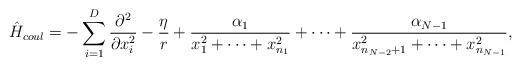
LaTeX: \begin{align*} \hat{H}_{coul}=-\sum_{i=1}^{D}\frac{\partial^2}{\partial x_i^2}-\frac{\eta}{r}+\frac{\alpha_1}{x_1^2+\cdots+x^2_{n_1}}+\cdots+\frac{\alpha_{N-1}}{x^2_{n_{N-2}+1}+\cdots+x^2_{n_{N-1}}},\end{align*}